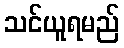
သင်ယူရမည်